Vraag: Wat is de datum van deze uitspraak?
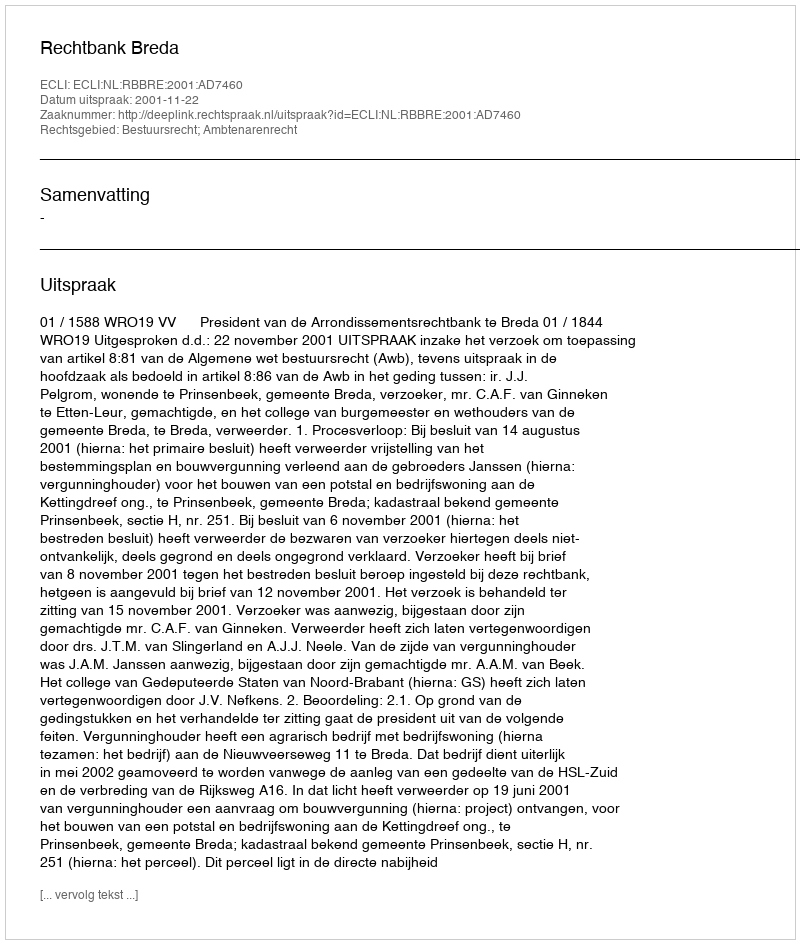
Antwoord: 2001-11-22